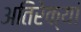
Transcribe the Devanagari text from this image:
अतिरेक्यां